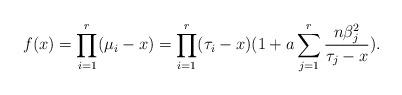
LaTeX: \begin{align*} f(x)=\prod_{i=1}^r (\mu_{i}-x)= \prod_{i=1}^r(\tau_{i}-x) (1+a \sum_{j=1}^r \frac{n \beta_{j}^2}{\tau_{j}-x}). \end{align*}